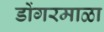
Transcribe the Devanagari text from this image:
डोंगरमाळा